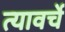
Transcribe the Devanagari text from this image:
त्यावर्चे